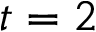
t = 2